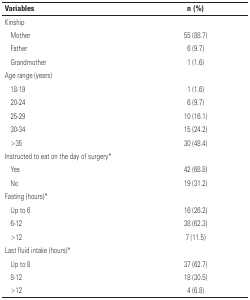
<table><thead><tr><td colspan="2"><b>Variables</b></td><td><b>n(%)</b></td></tr></thead><tbody><tr><td colspan="2">Kinship</td><td></td></tr><tr><td></td><td>Mother</td><td>55 (88.7)</td></tr><tr><td></td><td>Father</td><td>6 (9.7)</td></tr><tr><td></td><td>Grandmother</td><td>1 (1.6)</td></tr><tr><td colspan="2">Age range (years)</td><td></td></tr><tr><td></td><td>18-19</td><td>1 (1.6)</td></tr><tr><td></td><td>20-24</td><td>6 (9.7)</td></tr><tr><td></td><td>25-29</td><td>10 (16.1)</td></tr><tr><td></td><td>30-34</td><td>15 (24.2)</td></tr><tr><td></td><td>&gt;35</td><td>30 (48.4)</td></tr><tr><td colspan="2">Instructed to eat on the day of surgery*</td><td></td></tr><tr><td></td><td>Yes</td><td>42 (68.8)</td></tr><tr><td></td><td>No</td><td>19 (31.2)</td></tr><tr><td colspan="2">Fasting (hours)*</td><td></td></tr><tr><td></td><td>Up to 6</td><td>16 (26.2)</td></tr><tr><td></td><td>6-12</td><td>38 (62.3)</td></tr><tr><td></td><td>&gt;12</td><td>7 (11.5)</td></tr><tr><td colspan="2">Last fluid intake (hours)*</td><td></td></tr><tr><td></td><td>Up to 8</td><td>37 (62.7)</td></tr><tr><td></td><td>8-12</td><td>18 (30.5)</td></tr><tr><td></td><td>&gt;12</td><td>4 (6.8)</td></tr></tbody></table>